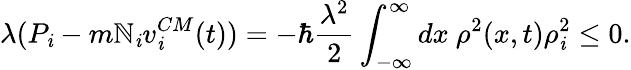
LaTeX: \lambda(P_{\mathit{i}}-m\mathbb{N}_{\mathit{i}}v_{\mathit{i}}^{CM}(t))=-\hbar\frac{{\lambda^{2}}}{{2}}\int_{-\infty}^{\infty}dx~\rho^{2}(x,t)\rho_{\mathit{i}}^{2}\le0.